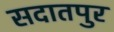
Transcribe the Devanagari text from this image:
सदातपुर